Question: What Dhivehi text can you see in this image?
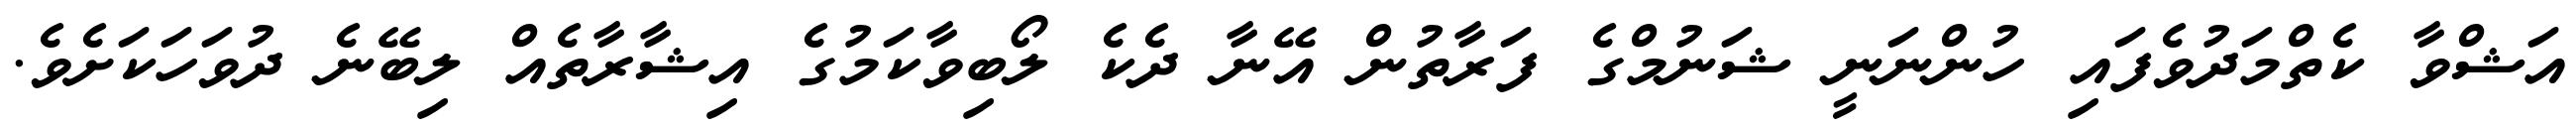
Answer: އަޝްވާ ކެތްމަދުވެފައި ހުންނަނީ ޝަނުމްގެ ފަރާތުން އޭނާ ދެކެ ލޯބިވާކަމުގެ އިޝާރާތެއް ލިބޭނެ ދުވަހަކަށެވެ.